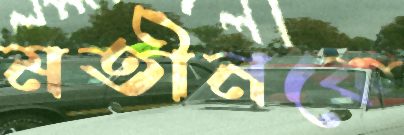
মতীনকে